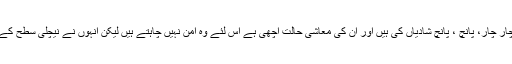
دوحہ میں طالبان کے نمائندوں نے چار چار، پانچ ، پانچ شادیاں کی ہیں اور ان کی معاشی حالت اچھی ہے اس لئے وہ امن نہیں چاہتے ہیں لیکن انہوں نے نیچلی سطح کے طالبان کو جنگ پر مجبور کیا ہے ۔